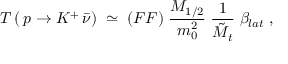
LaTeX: T \, ( \, p \rightarrow K ^ { + } \, \bar { \nu } ) \; \simeq \; ( F F ) \; \frac { M _ { 1 / 2 } } { m _ { 0 } ^ { 2 } } \; \frac { 1 } { \tilde { M } _ { t } } \; \beta _ { l a t } \; ,